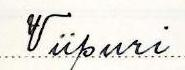
Viipuri